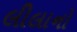
લીલાનો